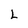
Character: L